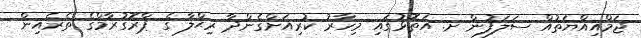
ޖަމްއިއްޔަތުއް ސަލަފުން ށ. އަތޮޅުގައި މިހާރު ކުރިއަށްގެންދާ ރިޙްލާ ގެ ޕްރޮގުރާމްގެ ތެރެއިން